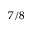
7 / 8